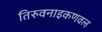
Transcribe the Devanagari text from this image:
तिरुवनाइकणवल